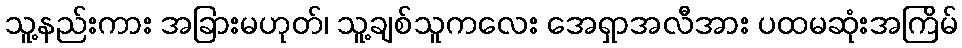
သူ့နည်းကား အခြားမဟုတ်၊ သူ့ချစ်သူကလေး အေရှာအလီအား ပထမဆုံးအကြိမ်